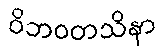
ဝိဘဝတသိနာ